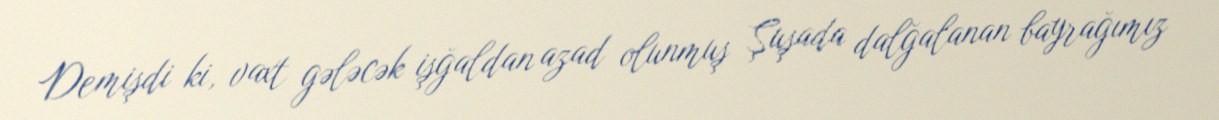
Demişdi ki, vaxt gələcək işğaldan azad olunmuş Şuşada dalğalanan bayrağımız